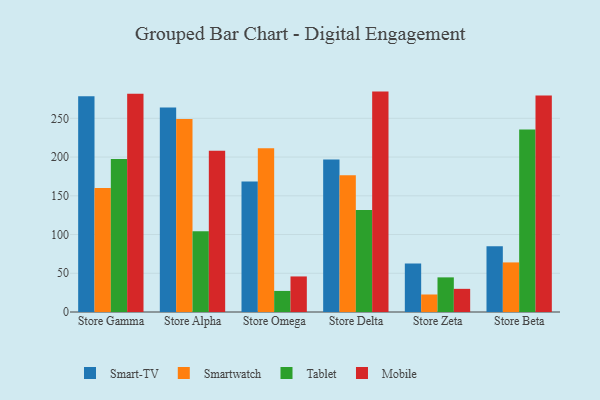
{"axis": {"x": "Store", "y": "Gross Profit (USD K)"}, "legend": ["Mobile", "Smart-TV", "Smartwatch", "Tablet"], "data": [{"x": "Store Gamma", "y": 278.4, "type": "Smart-TV"}, {"x": "Store Gamma", "y": 160.2, "type": "Smartwatch"}, {"x": "Store Gamma", "y": 197.5, "type": "Tablet"}, {"x": "Store Gamma", "y": 281.8, "type": "Mobile"}, {"x": "Store Alpha", "y": 264.1, "type": "Smart-TV"}, {"x": "Store Alpha", "y": 249.0, "type": "Smartwatch"}, {"x": "Store Alpha", "y": 104.2, "type": "Tablet"}, {"x": "Store Alpha", "y": 208.1, "type": "Mobile"}, {"x": "Store Omega", "y": 168.5, "type": "Smart-TV"}, {"x": "Store Omega", "y": 211.5, "type": "Smartwatch"}, {"x": "Store Omega", "y": 27.2, "type": "Tablet"}, {"x": "Store Omega", "y": 45.9, "type": "Mobile"}, {"x": "Store Delta", "y": 197.0, "type": "Smart-TV"}, {"x": "Store Delta", "y": 176.5, "type": "Smartwatch"}, {"x": "Store Delta", "y": 131.8, "type": "Tablet"}, {"x": "Store Delta", "y": 284.5, "type": "Mobile"}, {"x": "Store Zeta", "y": 62.6, "type": "Smart-TV"}, {"x": "Store Zeta", "y": 22.6, "type": "Smartwatch"}, {"x": "Store Zeta", "y": 44.7, "type": "Tablet"}, {"x": "Store Zeta", "y": 29.9, "type": "Mobile"}, {"x": "Store Beta", "y": 85.0, "type": "Smart-TV"}, {"x": "Store Beta", "y": 64.0, "type": "Smartwatch"}, {"x": "Store Beta", "y": 235.5, "type": "Tablet"}, {"x": "Store Beta", "y": 279.6, "type": "Mobile"}]}